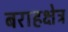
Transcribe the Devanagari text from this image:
बराहक्षेत्र